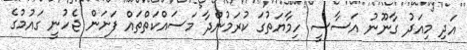
އަދި މިއަދު ގާނޫނު އަސާސީ ހިމާޔަތުގަ ކުރަމުންދާ މަސައްކަތްތައް ފަށަން ޖެހުނީ ގައުމުގެ